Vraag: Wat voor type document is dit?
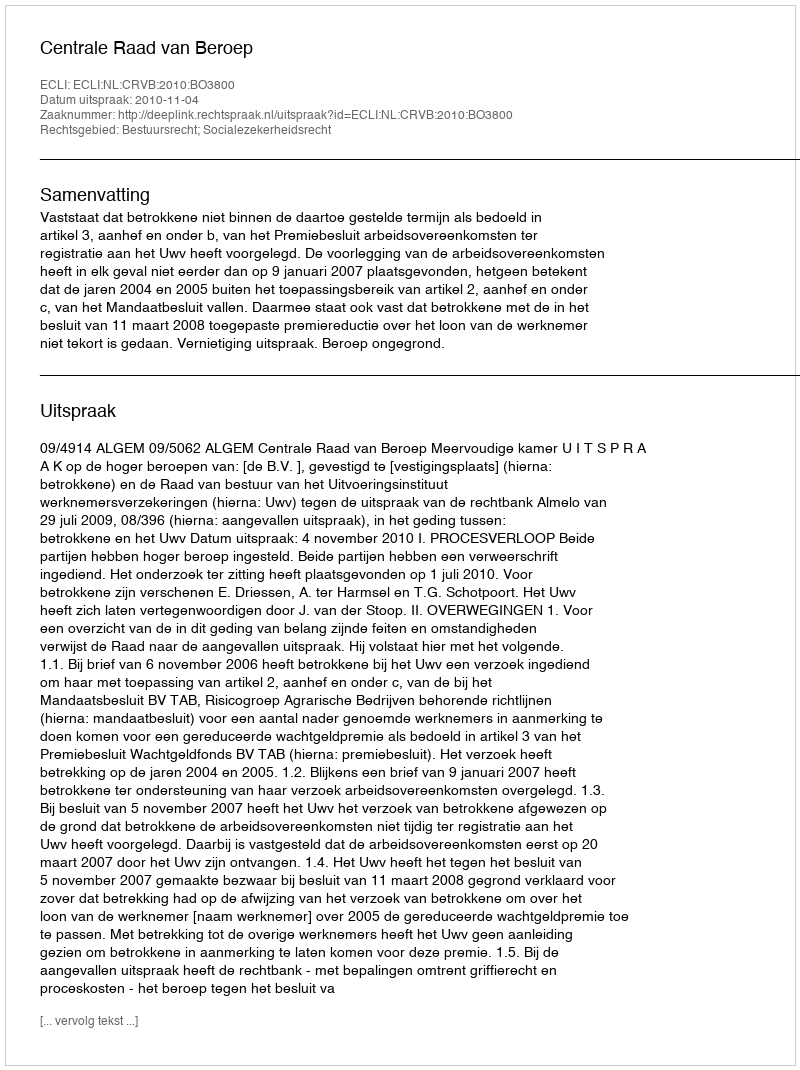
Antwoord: Uitspraak